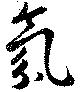
氛